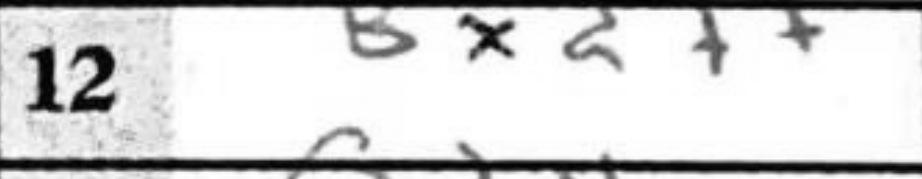
Transcription: Bxd7+